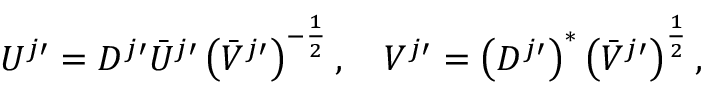
\begin{array} { r } { U ^ { j \prime } = D ^ { j \prime } \bar { U } ^ { j \prime } \left( \bar { V } ^ { j \prime } \right) ^ { - \frac { 1 } { 2 } } , \quad V ^ { j \prime } = \left( D ^ { j \prime } \right) ^ { * } \left( \bar { V } ^ { j \prime } \right) ^ { \frac { 1 } { 2 } } , } \end{array}